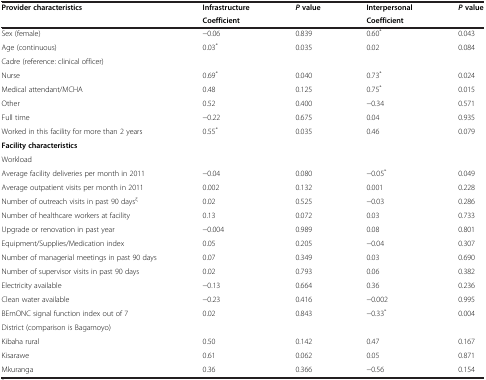
<table><thead><tr><td rowspan="2"><b>Provider characteristics</b></td><td><b>Infrastructure</b></td><td rowspan="2"><b><i>P </i>value</b></td><td><b>Interpersonal</b></td><td rowspan="2"><b><i>P </i>value</b></td></tr><tr><td><b>Coefficient</b></td><td><b>Coefficient</b></td></tr></thead><tbody><tr><td>Sex (female)</td><td>-0.06</td><td>0.839</td><td>0.60<sup>*</sup></td><td>0.043</td></tr><tr><td>Age (continuous)</td><td>0.03<sup>*</sup></td><td>0.035</td><td>0.02</td><td>0.084</td></tr><tr><td>Cadre (reference: clinical officer)</td><td> </td><td> </td><td> </td><td> </td></tr><tr><td>Nurse</td><td>0.69<sup>*</sup></td><td>0.040</td><td>0.73<sup>*</sup></td><td>0.024</td></tr><tr><td>Medical attendant/MCHA</td><td>0.48</td><td>0.125</td><td>0.75<sup>*</sup></td><td>0.015</td></tr><tr><td>Other</td><td>0.52</td><td>0.400</td><td>-0.34</td><td>0.571</td></tr><tr><td>Full time</td><td>-0.22</td><td>0.675</td><td>0.04</td><td>0.935</td></tr><tr><td>Worked in this facility for more than 2 years</td><td>0.55<sup>*</sup></td><td>0.035</td><td>0.46</td><td>0.079</td></tr><tr><td><b>Facility characteristics</b></td><td> </td><td> </td><td> </td><td> </td></tr><tr><td>Workload</td><td> </td><td> </td><td> </td><td> </td></tr><tr><td>Average facility deliveries per month in 2011</td><td>-0.04</td><td>0.080</td><td>-0.05<sup>*</sup></td><td>0.049</td></tr><tr><td>Average outpatient visits per month in 2011</td><td>0.002</td><td>0.132</td><td>0.001</td><td>0.228</td></tr><tr><td>Number of outreach visits in past 90 days<sup>ξ</sup></td><td>0.02</td><td>0.525</td><td>-0.03</td><td>0.286</td></tr><tr><td>Number of healthcare workers at facility</td><td>0.13</td><td>0.072</td><td>0.03</td><td>0.733</td></tr><tr><td>Upgrade or renovation in past year</td><td>-0.004</td><td>0.989</td><td>0.08</td><td>0.801</td></tr><tr><td>Equipment/Supplies/Medication index</td><td>0.05</td><td>0.205</td><td>-0.04</td><td>0.307</td></tr><tr><td>Number of managerial meetings in past 90 days</td><td>0.07</td><td>0.349</td><td>0.03</td><td>0.690</td></tr><tr><td>Number of supervisor visits in past 90 days</td><td>0.02</td><td>0.793</td><td>0.06</td><td>0.382</td></tr><tr><td>Electricity available</td><td>-0.13</td><td>0.664</td><td>0.36</td><td>0.236</td></tr><tr><td>Clean water available</td><td>-0.23</td><td>0.416</td><td>-0.002</td><td>0.995</td></tr><tr><td>BEmONC signal function index out of 7</td><td>0.02</td><td>0.843</td><td>-0.33<sup>*</sup></td><td>0.004</td></tr><tr><td>District (comparison is Bagamoyo)</td><td> </td><td> </td><td> </td><td> </td></tr><tr><td>Kibaha rural</td><td>0.50</td><td>0.142</td><td>0.47</td><td>0.167</td></tr><tr><td>Kisarawe</td><td>0.61</td><td>0.062</td><td>0.05</td><td>0.871</td></tr><tr><td>Mkuranga</td><td>0.36</td><td>0.366</td><td>-0.56</td><td>0.154</td></tr></tbody></table>